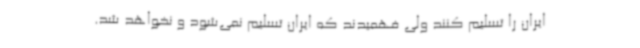
ایران را تسلیم کنند ولی فهمیدند که ایران تسلیم نمی‌شود و نخواهد شد.